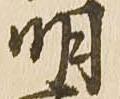
明